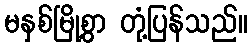
မနှစ်မြို့စွာ တုံ့ပြန်သည်။